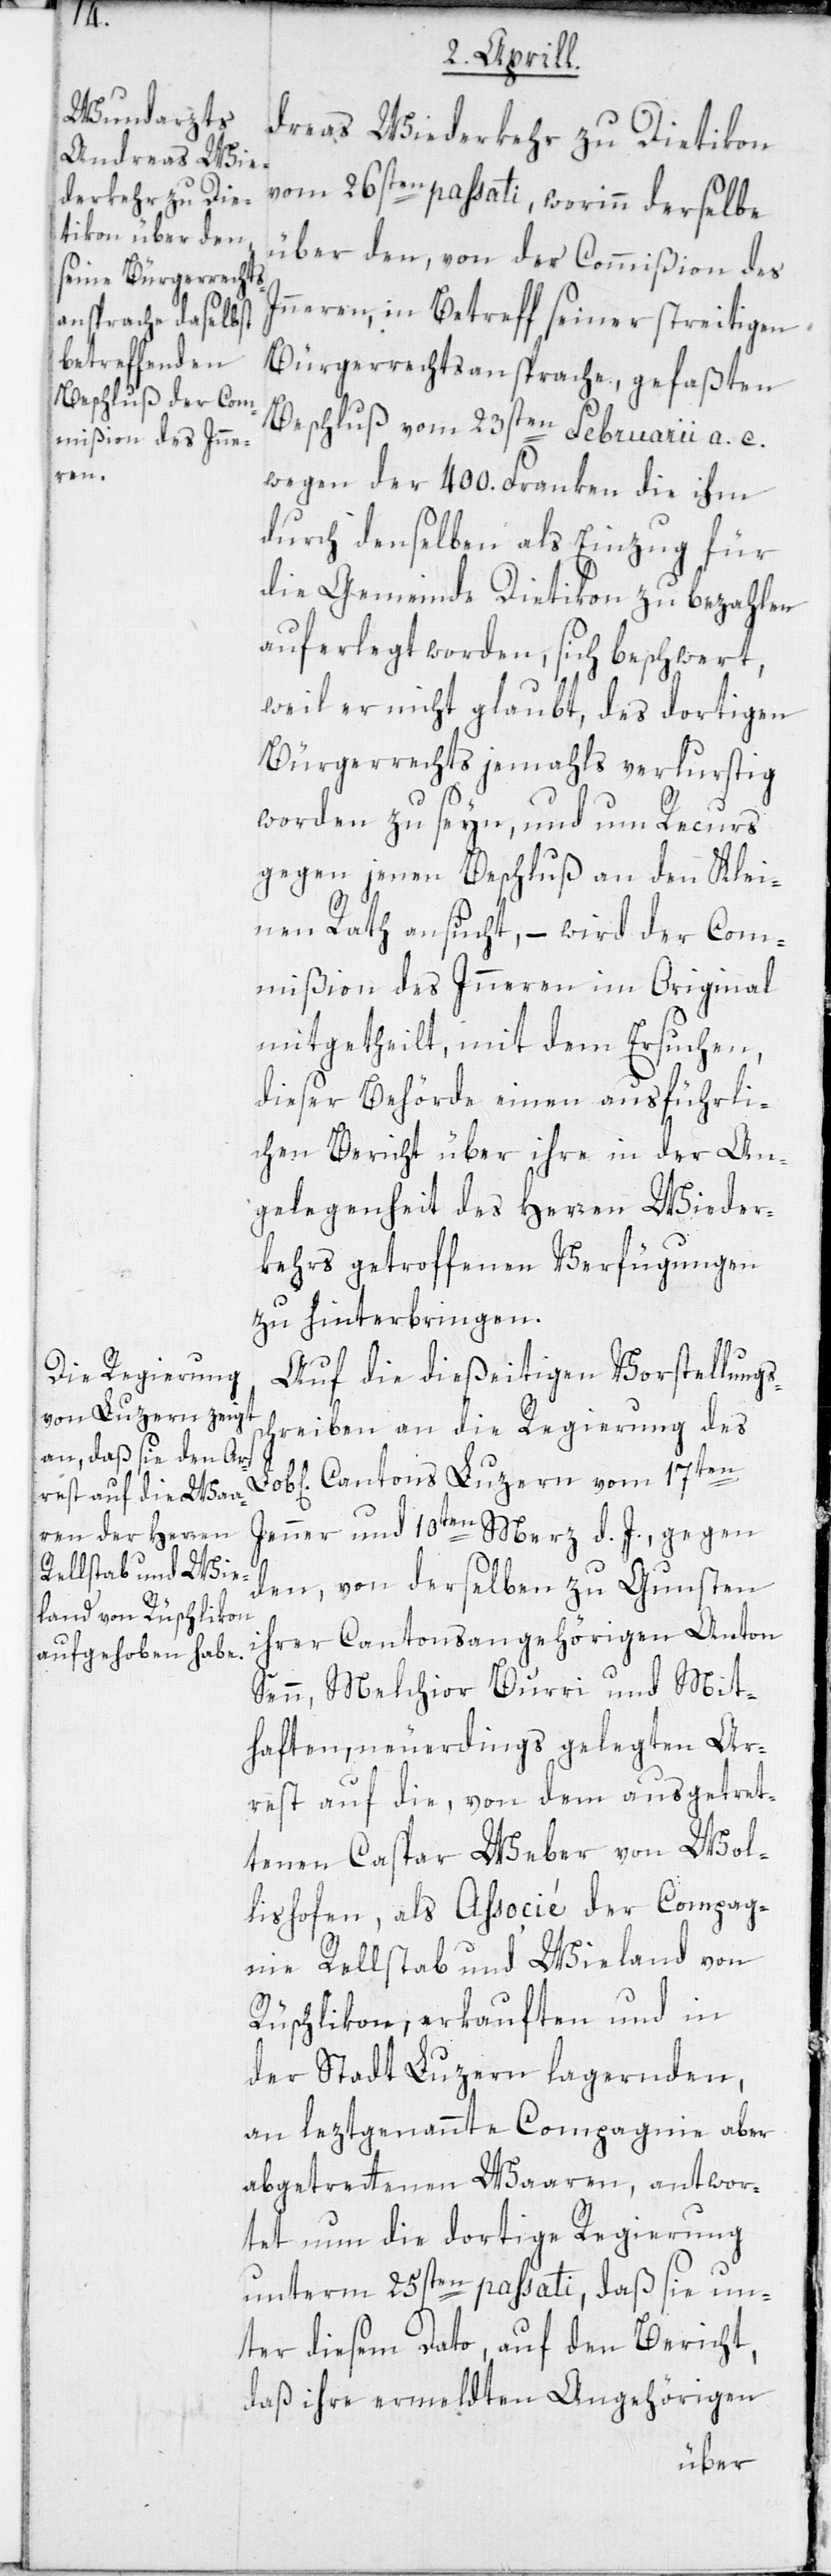
dreas Wiederkehr zu Dietikon
vom 26sten passati, worinn derselbe
über den, von der Commißion des
Inneren, in Betreff seiner streitigen
Bürgerrechtsansprache, gefaßten
Beschluß vom 23sten Februarii a. c.
wegen der 400. Franken die ihm
durch denselben als Einzug für
die Gemeinde Dietikon zu bezahlen
auferlegt worden, sich beschwert,
weil er nicht glaubt, des dortigen
Bürgerrechts jemahls verlurstig
worden zu seyn, und um Recurs
gegen jenen Beschluß an den Klei¬
nen Rath ansucht, – wird der Com¬
mißion des Inneren im Original
mitgetheilt, mit dem Ersuchen,
dieser Behörde einen ausführli¬
chen Bericht über ihre in der An¬
gelegenheit des Herren Wieder¬
kehrs getroffenen Verfügungen
zu hinterbringen.
Auf die dießeitigen Vorstellungs¬
schreiben an die Regierung des
ichen] Cantons Luzern vom 17ten
Jenner und 10ten Merz d. J., gegen
den, von derselben zu Gunsten
ihrer Cantonsangehörigen Anton
Senn, Melchior Burri und Mit¬
haften, neuerdings gelegten Ar¬
rest auf die, von dem ausgetret¬
enen Caspar Weber von Wol¬
lishofen, als Associé der Compag¬
nie Rellstab und Wieland von
Rüschlikon, erkauften und in
der Stadt Luzern lagernden,
an letztgenannte Compagnie aber
abgetretenen Waaren, antwor¬
tet nun die dortige Regierung
unterm 25sten passati, daß sie un¬
ter diesem Dato, auf den Bericht,
daß ihre ermeldten Angehörigen